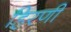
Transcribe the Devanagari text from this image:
हिरणी